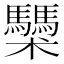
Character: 𩧌